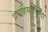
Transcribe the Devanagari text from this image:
प्रवाहिमपचुन्दा